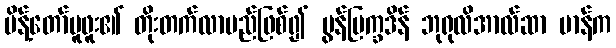
မိန့်တော်မူဖူး၏ တိုးတက်လာမည်ဖြစ်၍ မွန်ပြက္ခဒိန် ဘုရုလိအာလ်ဆာ မာန်က